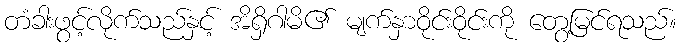
တံခါးဖွင့်လိုက်သည်နှင့် အိရှိဂါမိ၏ မျက်နှာဝိုင်းဝိုင်းကို တွေ့မြင်ရသည်။